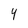
Character: 4